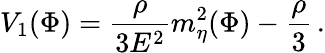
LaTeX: V_{1}(\Phi)=\frac{\rho}{3E^{2}}m_{\eta}^{2}(\Phi)-\frac{\rho}{3}\, .